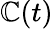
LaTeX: \mathbb{C}(t)